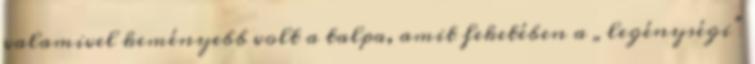
valamivel keményebb volt a talpa, amit feketében a „legénységi”